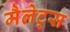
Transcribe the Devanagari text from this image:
मैलेट्स